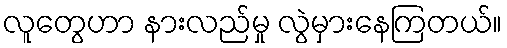
လူတွေဟာ နားလည်မှု လွဲမှားနေကြတယ်။